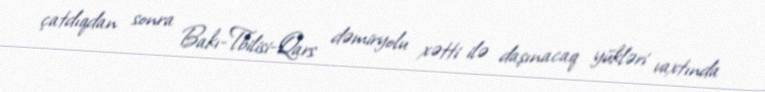
çatdıqdan sonra Bakı-Tbilisi-Qars dəmiryolu xətti ilə daşınacaq yükləri vaxtında